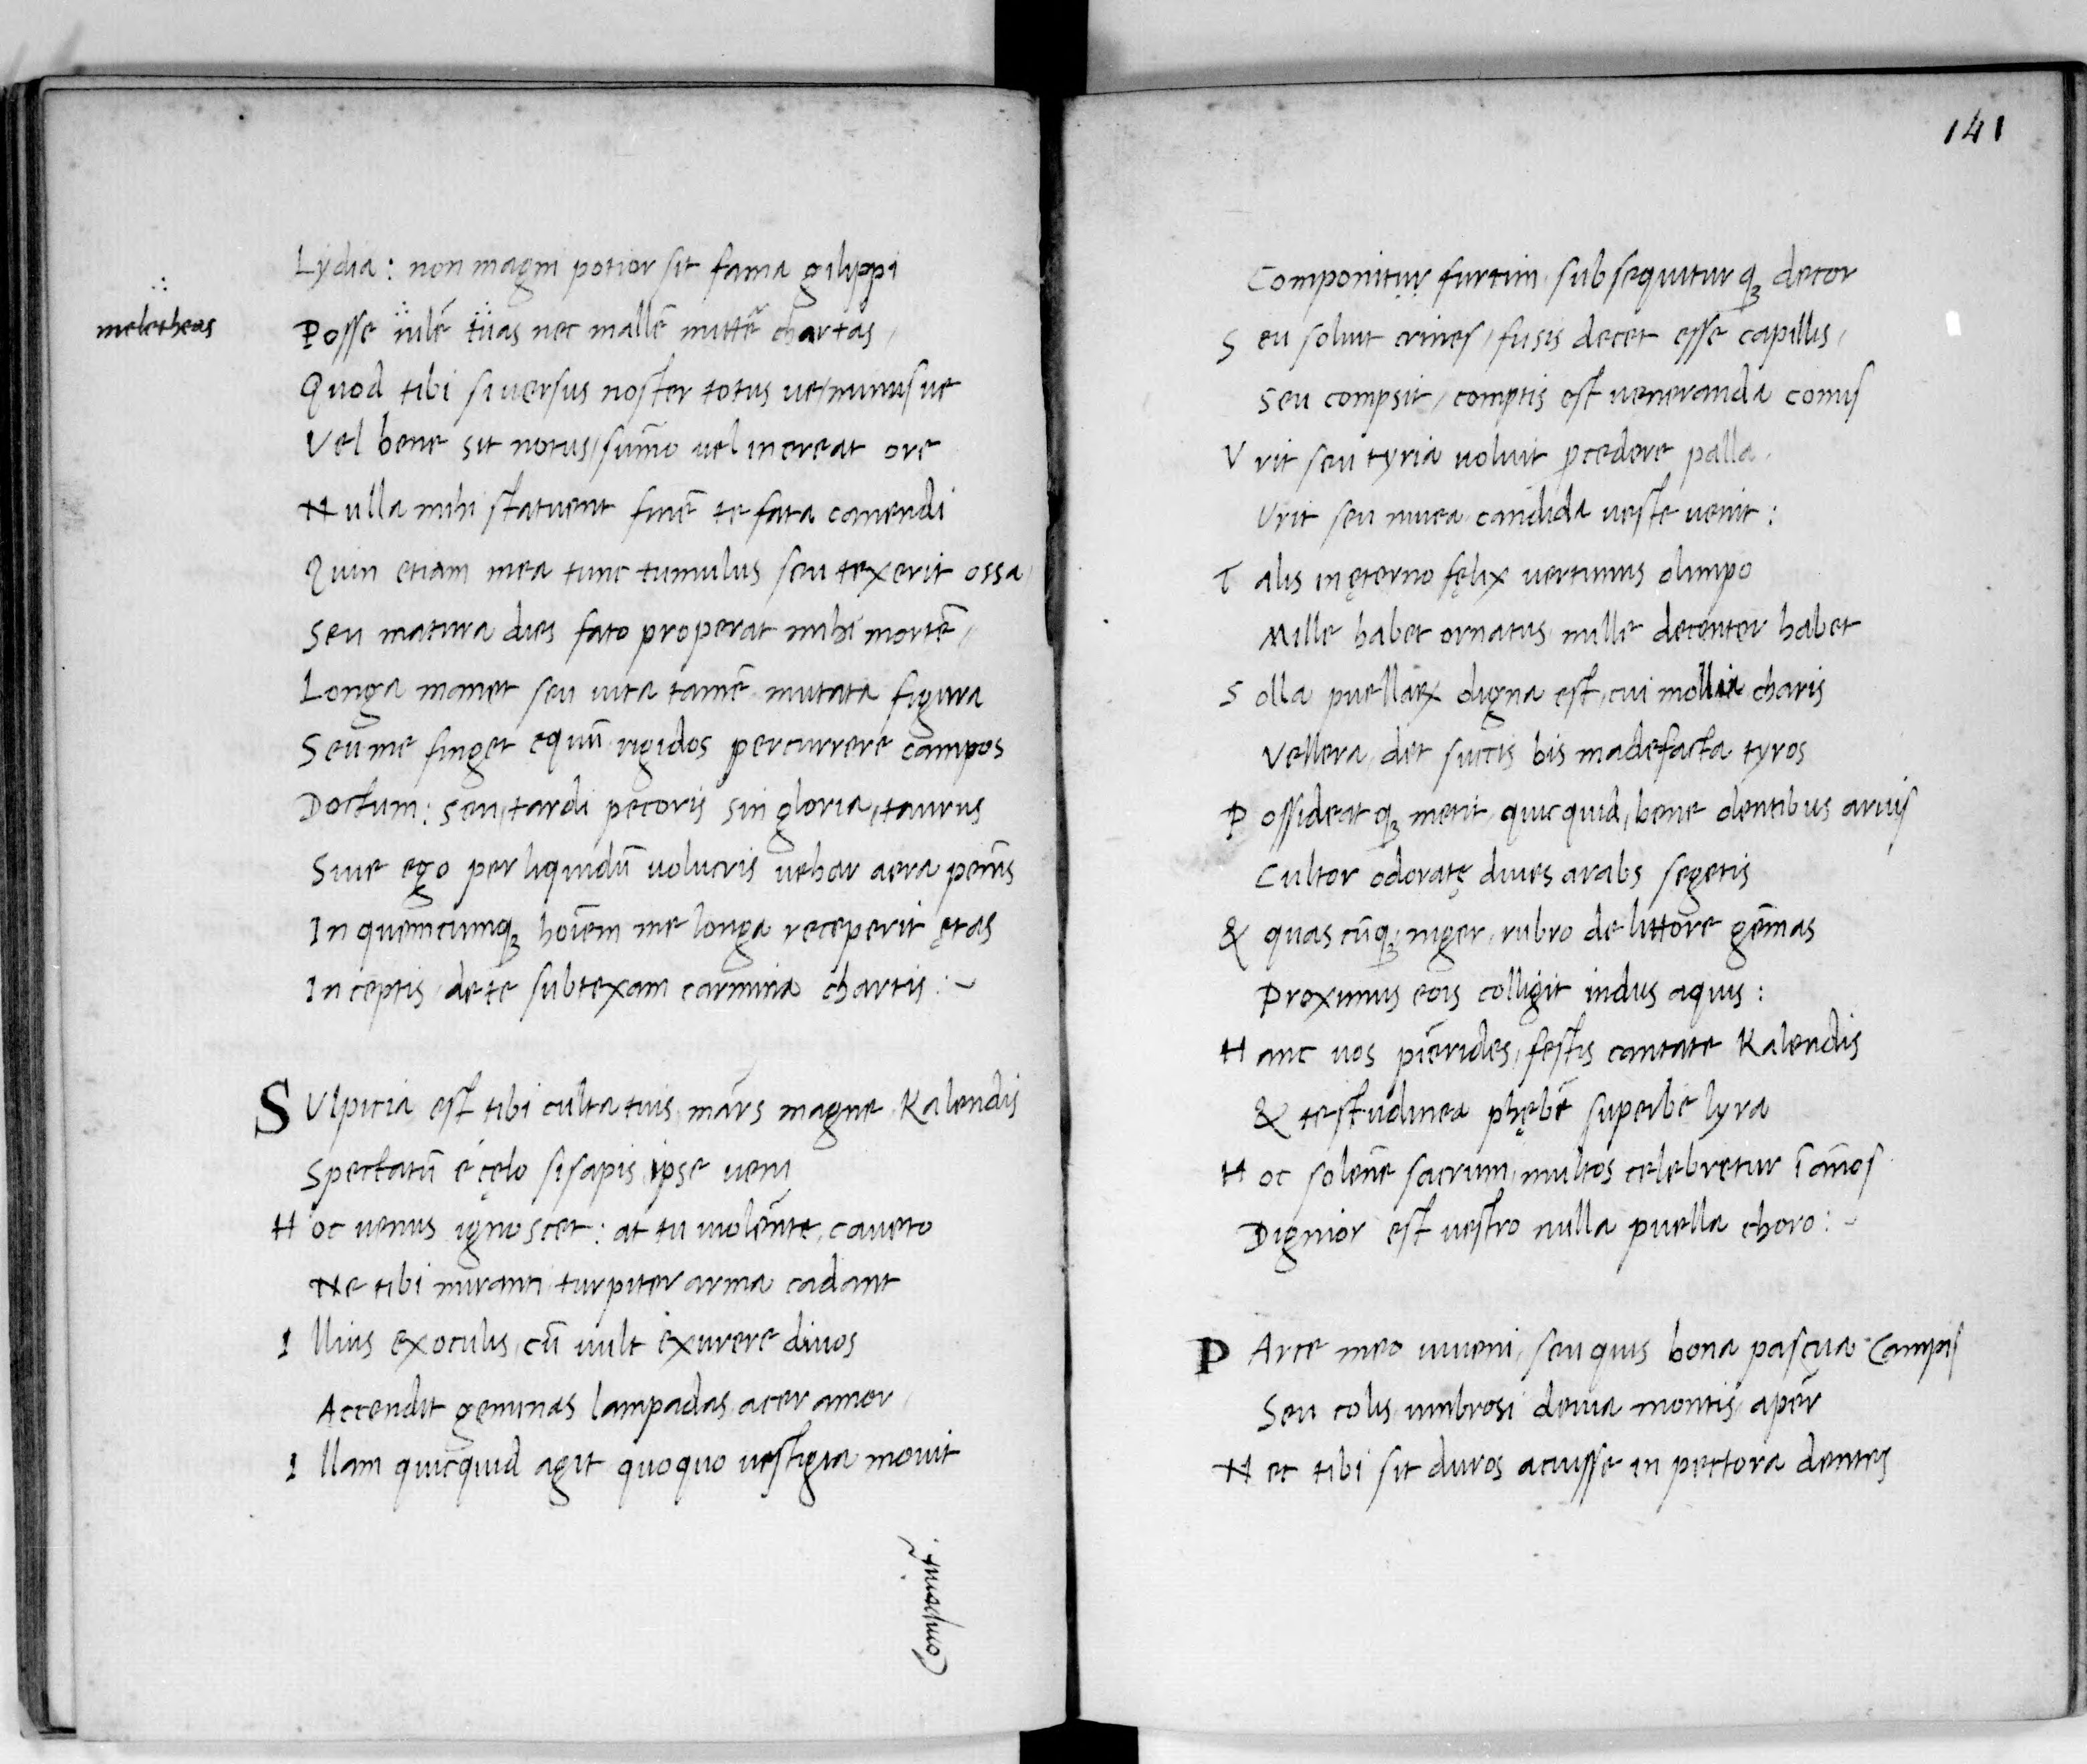
Shelfmark: Paris, BnF, lat. 8236
Century: 15